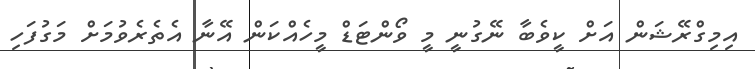
އިމިގްރޭޝަން އަށް ކީވެބާ ނޭގުނީ މީ ވޯންޓަޑް މީހެއްކަން އޭނާ އެތެރެވުމަށް މަގުފަހި